Indian journal of veterinary science and animal husbandry - Volumes 18-21, 1948-1951
Year: 1948
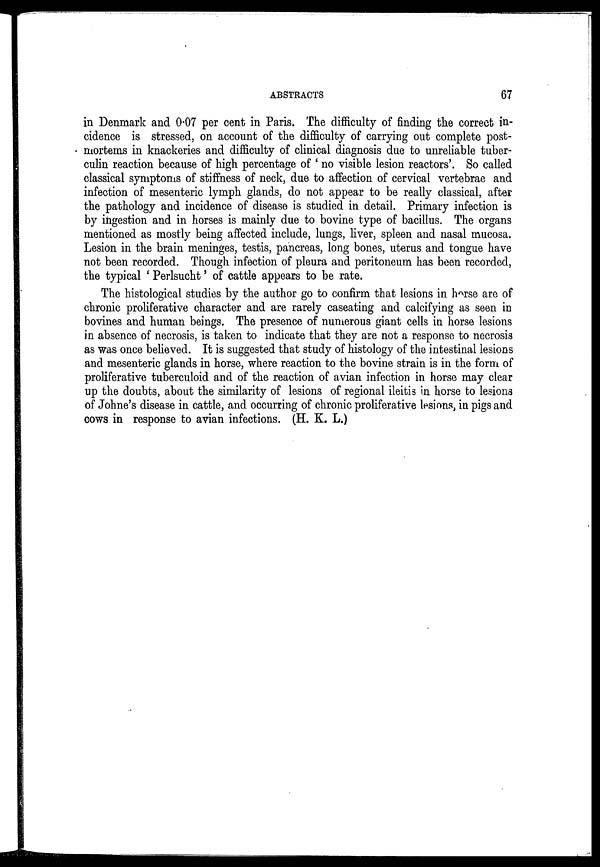
ABSTRACTS
67
in Denmark and 0.07 per cent in Paris. The difficulty of finding the correct in-
cidence is stressed, on account of the difficulty of carrying out complete post-
mortems in knackeries and difficulty of clinical diagnosis due to unreliable tuber-
culin reaction because of high percentage of 'no visible lesion reactors'. So called
classical symptoms of stiffness of neck, due to affection of cervical vertebrae and
infection of mesenteric lymph glands, do not appear to be really classical, after
the pathology and incidence of disease is studied in detail. Primary infection is
by ingestion and in horses is mainly due to bovine type of bacillus. The organs
mentioned as mostly being affected include, lungs, liver, spleen and nasal mucosa.
Lesion in the brain meninges, testis, pancreas, long bones, uterus and tongue have
not been recorded. Though infection of pleura and peritoneum has been recorded,
the typical 'Perlsucht' of cattle appears to be rate.
The histological studies by the author go to confirm that lesions in horse are of
chronic proliferative character and are rarely caseating and calcifying as seen in
bovines and human beings. The presence of numerous giant cells in horse lesions
in absence of necrosis, is taken to indicate that they are not a response to necrosis
as was once believed. It is suggested that study of histology of the intestinal lesions
and mesenteric glands in horse, where reaction to the bovine strain is in the form of
proliferative tuberculoid and of the reaction of avian infection in horse may clear
up the doubts, about the similarity of lesions of regional ileitis in horse to lesions
of Johne's disease in cattle, and occurring of chronic proliferative lesions, in pigs and
cows in response to avian infections. (H. K. L.)